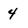
Character: 4